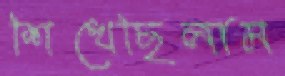
শিখেছিলাম